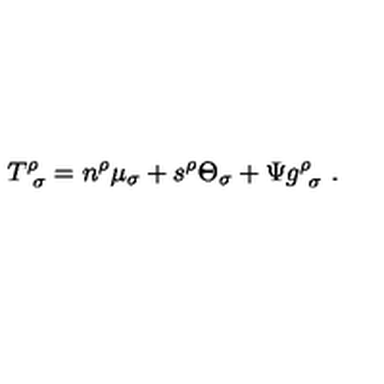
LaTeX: T _ { \ \sigma } ^ { \rho } = n ^ { \rho } \mu _ { \sigma } + s ^ { \rho } \Theta _ { \sigma } + \Psi g _ { \ \sigma } ^ { \rho } \ .